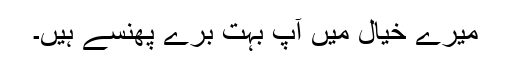
میرے خیال میں آپ بہت برے پھنسے ہیں۔